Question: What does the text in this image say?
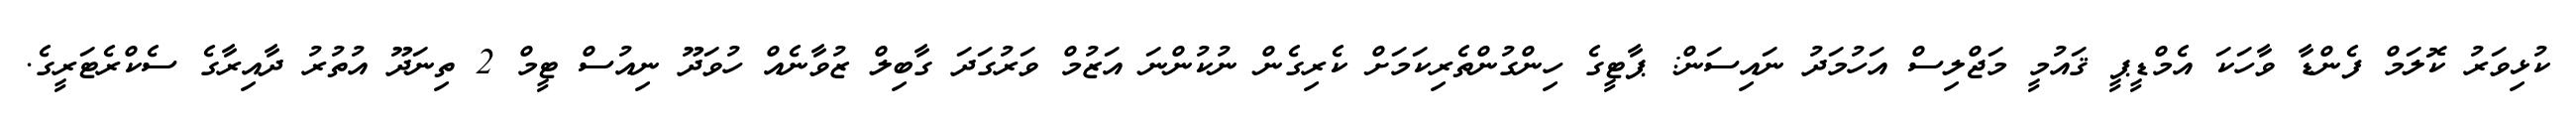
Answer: ކުޅިވަރު ކޮލަމް ފެންޑާ ވާހަކަ އެމްޑީޕީ ޤައުމީ މަޖްލިސް އަހުމަދު ނައިސަން: ޕާޓީގެ ހިންގުންތެރިކަމަށް ކެރިގެން ނުކުންނަ އަޒުމް ވަރުގަދަ ގާބިލް ޒުވާނެއް ހުވަދޫ ނިއުސް ޓީމް 2 ތިނަދޫ އުތުރު ދާއިރާގެ ސެކްރެޓަރީގެ.